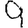
Digit: 9